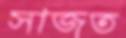
সাজত